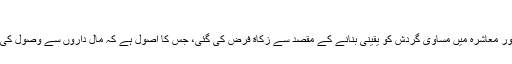
اسلام کا نظامِ زکوة و وراثت
دولت کی صحیح تقسیم قائم رکھنے اور معاشرہ میں مساوی گردش کو یقینی بنانے کے مقصد سے زکاة فرض کی گئی، جس کا اصول ہے کہ مال داروں سے وصول کی جائے اور غریبوں کو ادا کی جائے۔